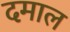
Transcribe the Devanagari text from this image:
दमाल